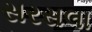
સરસલા